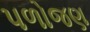
પળોજણ